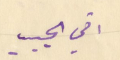
اخي الحبيب